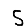
Digit: 5